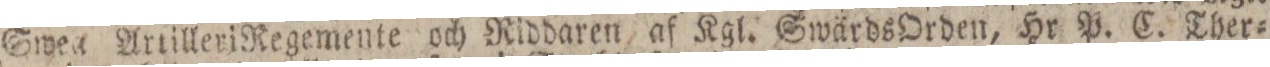
Swea Artilleri Regemente och Riddaren af Kgl. Swärds Orden, Hr P. C. Ther=